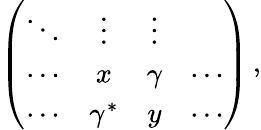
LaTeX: \begin{array}{r}{{\left(\begin{array}{cccc}{\ddots}&{\vdots}&{\vdots}&{}\\ {\cdots}&{x}&{\gamma}&{\cdots}\\ {\cdots}&{\gamma^{*}}&{y}&{\cdots}\end{array}\right)}\, ,}\end{array}